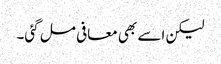
لیکن اسے بھی معافی مل گئی۔